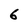
Character: 6